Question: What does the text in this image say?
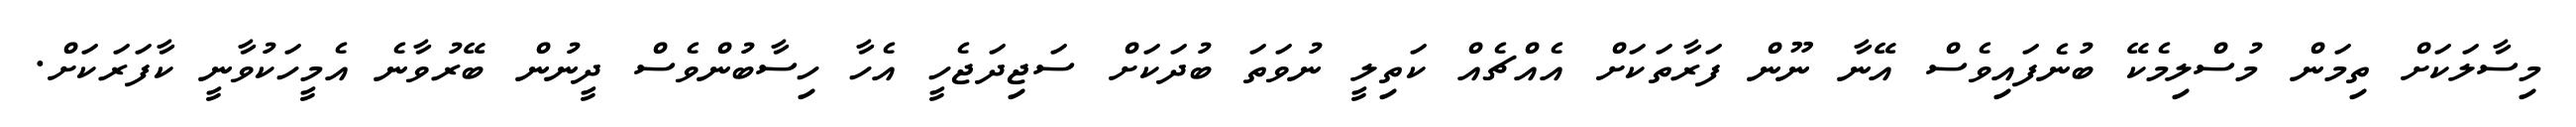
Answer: މިސާލަކަށް ތިމަން މުސްލިމެކޭ ބުނެފައިވެސް އޭނާ ނޫން ފަރާތަކަށް އެއްޗެއް ކަތިލީ ނުވަތަ ބުދަކަށް ސަޖިދަޖެހީ އެހާ ހިސާބުންވެސް ދީނުން ބޭރުވާނެ އެމީހަކުވާނީ ކާފަރަކަށް.